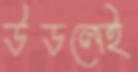
উডলেই